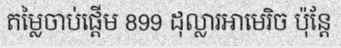
តម្លៃចាប់ផ្តើម 899 ដុល្លារអាមេរិច ប៉ុន្តែ